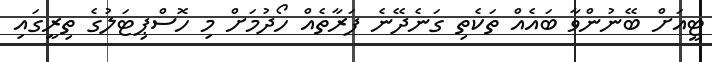
ޓީއަށް ބޭނުންވާ ބައެއް ތަކެތި ގަނެދޭނެ ފަރާތެއް ހޯދުމަށް މި ހޮސްޕިޓަލުގެ ތިރީގައި